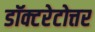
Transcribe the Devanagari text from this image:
डॉक्टरेटोत्तर